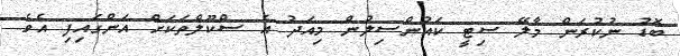
ބޮޑު ނުކުރަން މާލޭ ސިޓީ ކައުންސިލުން މިއަދު އެ ސްކޫލްތަކަށް އަންގައިފި އެވެ.